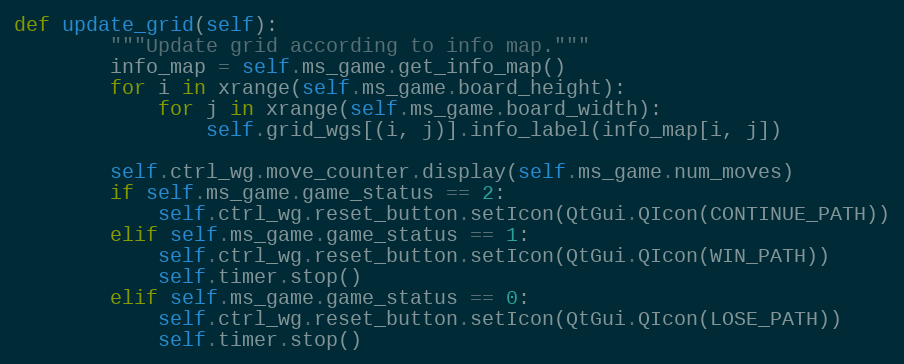
Language: Python
def update_grid(self):
        """Update grid according to info map."""
        info_map = self.ms_game.get_info_map()
        for i in xrange(self.ms_game.board_height):
            for j in xrange(self.ms_game.board_width):
                self.grid_wgs[(i, j)].info_label(info_map[i, j])

        self.ctrl_wg.move_counter.display(self.ms_game.num_moves)
        if self.ms_game.game_status == 2:
            self.ctrl_wg.reset_button.setIcon(QtGui.QIcon(CONTINUE_PATH))
        elif self.ms_game.game_status == 1:
            self.ctrl_wg.reset_button.setIcon(QtGui.QIcon(WIN_PATH))
            self.timer.stop()
        elif self.ms_game.game_status == 0:
            self.ctrl_wg.reset_button.setIcon(QtGui.QIcon(LOSE_PATH))
            self.timer.stop()